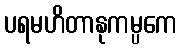
ပရမဟိတာနုကမ္ပကေ